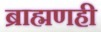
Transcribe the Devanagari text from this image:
ब्राह्मणही